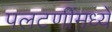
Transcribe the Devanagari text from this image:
पलटणींमध्ये